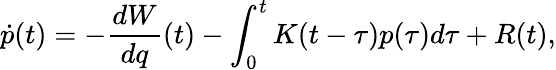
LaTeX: \dot{p}(t)=-\frac{dW}{dq}(t)-\int_{0}^{t}K(t-\tau)p(\tau)d\tau+R(t),